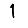
Digit: 1